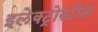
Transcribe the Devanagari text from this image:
इलेक्ट्रोस्टील